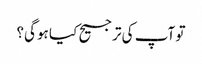
تو آپ کی ترجیح کیا ہوگی؟